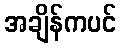
အချိန်ကပင်